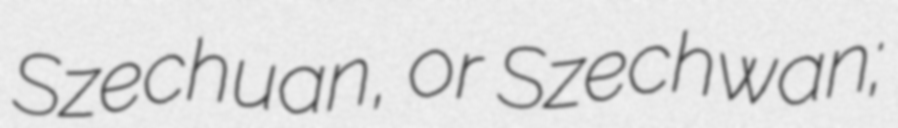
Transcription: Szechuan, or Szechwan;